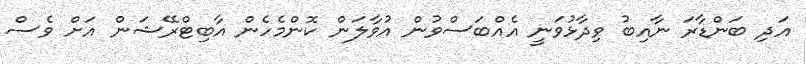
އަދި ބަންޑާރަ ނާއިބު ވިދާޅުވަނީ އެއްބަސްވުން އުވާލަން ކޮންމެހެން އާބިޓްރޭޝަން އަށް ވެސް